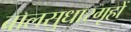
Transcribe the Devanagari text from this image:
बालसुधारगृहों